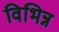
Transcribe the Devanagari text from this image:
विभिन्न